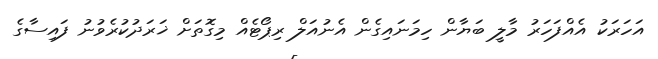
އަހަރަކު އެއްފަހަރު މާލީ ބަޔާން ހިމަނައިގެން އެނުއަލް ރިޕޯޓެއް މިގޮތަށް ޚަރަދުކުރެވުނު ފައިސާގެ